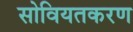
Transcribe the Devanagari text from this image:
सोवियतकरण